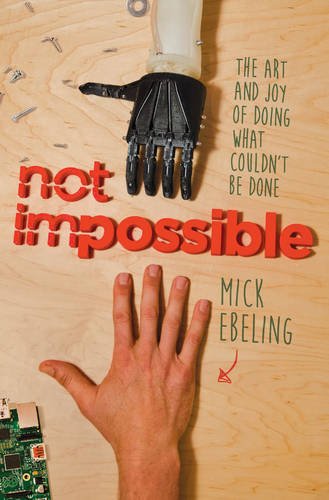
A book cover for Not Impossible: The Art and Joy of Doing What Couldn't Be Done; Mick Ebeling; Engineering & Transportation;